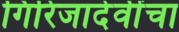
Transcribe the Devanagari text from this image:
गिरिजादेवींचा